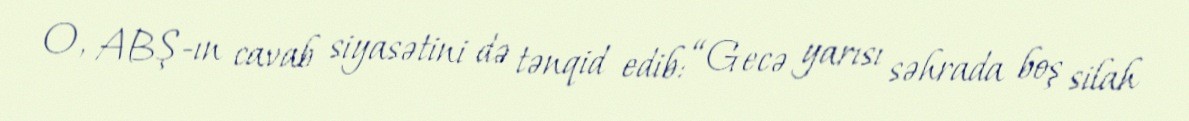
O, ABŞ-ın cavab siyasətini də tənqid edib: “Gecə yarısı səhrada boş silah